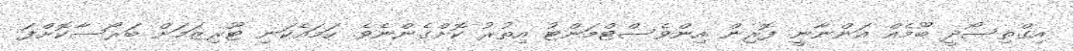
އިގްތިސޯދީ ބޫމެއް އަންނާނީ ފޮރިން އިންވެސްޓްމަންޓު އިތުރު ކޮށްގެންނެވެ. ހަމައެކަނި ޓޫރިޒަމަށް ބަރޯސާކޮށްފަ